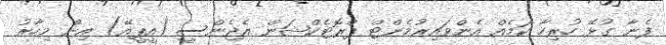
ފެނާ ގުޅޭ ހުރިހާ ކަމެއް އެންވައިރުމެންޓް ޕްރޮޓެކްޝަން އެޖެންސީ (އީޕީއޭ) އިން މިހާރު